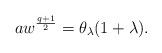
LaTeX: \begin{align*}aw^{\frac{q+1}{2}}=\theta_{\lambda} (1+\lambda).\end{align*}